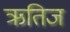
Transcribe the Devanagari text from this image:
ऋतिज